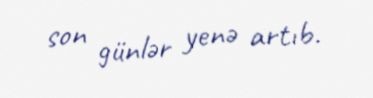
son günlər yenə artıb.